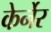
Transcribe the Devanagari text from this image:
केर्नेर